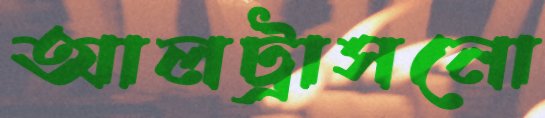
আলট্রাসনো